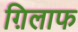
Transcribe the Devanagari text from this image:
ग़िलाफ